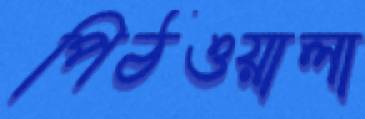
পিঠওয়ালা